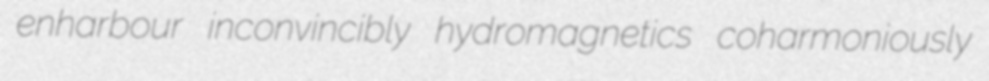
enharbour inconvincibly hydromagnetics coharmoniously